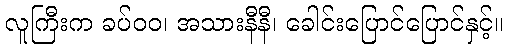
လူကြီးက ခပ်ဝဝ၊ အသားနီနီ၊ ခေါင်းပြောင်ပြောင်နှင့်။